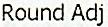
ROUND ADJ